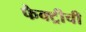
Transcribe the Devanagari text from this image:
फैक्ट्रीची